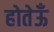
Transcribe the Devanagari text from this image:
होतेऊँ